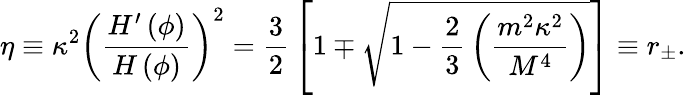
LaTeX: \eta\equiv\kappa^{2}\left({\frac{H^{\prime}\left(\phi\right)}{H\left(\phi\right)}}\right)^{2}={\frac{3}{2}}\left[1\mp\sqrt{1-{\frac{2}{3}}\left({\frac{m^{2}\kappa^{2}}{M^{4}}}\right)}\right]\equiv r_{\pm}.